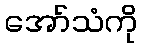
အော်သံကို